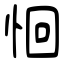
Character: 恛